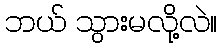
ဘယ် သွားမလို့လဲ။